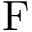
\mathrm { F }